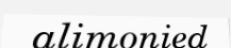
alimonied